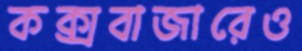
কক্সবাজারেও